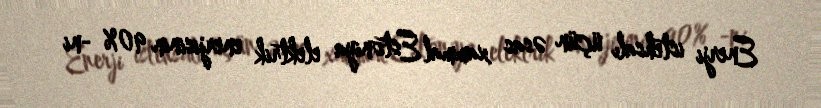
Enerji istehsalı üçün əsas xammal Estoniya elektrik enerjisinin 90% -ni